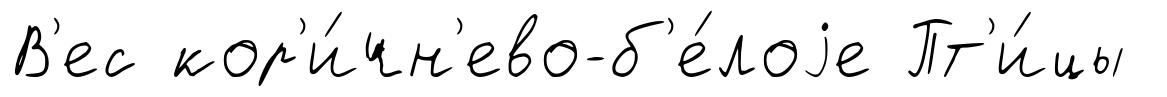
В'ес кор'и́чн'ево-б'е́лоjе Пт'и́цы